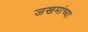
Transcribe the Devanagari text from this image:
जखमांच्या